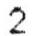
2